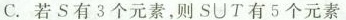
C.若S有3个元素，则S\cup T有5个元素